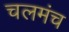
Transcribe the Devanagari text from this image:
चलमंच